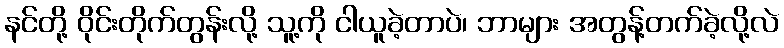
နင်တို့ ဝိုင်းတိုက်တွန်းလို့ သူ့ကို ငါယူခဲ့တာပဲ၊ ဘာများ အတွန့်တက်ခဲ့လို့လဲ